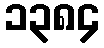
၁၃၈၄